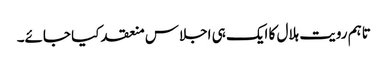
تاہم رویت ہلال کا ایک ہی اجلاس منعقد کیا جائے۔